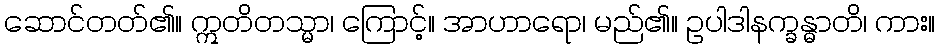
ဆောင်တတ်၏။ ဣတိတသ္မာ၊ ကြောင့်။ အာဟာရော၊ မည်၏။ ဥပါဒါနက္ခန္ဓာတိ၊ ကား။